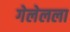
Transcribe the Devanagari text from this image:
गेलेलला